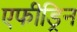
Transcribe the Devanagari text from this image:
एफीड्रिन